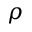
\rho